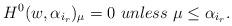
LaTeX: \begin{align*} H^0(w, \alpha_{i_r})_{\mu}=0 ~ unless ~\mu\leq \alpha_{i_r}. \end{align*}